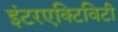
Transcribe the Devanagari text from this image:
इंटरएक्टिविटी